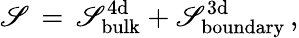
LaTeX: \mathscr{S}\, =\, \mathscr{S}_{\mathrm{{bulk}}}^{\mathrm{{4d}}}+\mathscr{S}_{\mathrm{{boundary}}}^{\mathrm{{3d}}}\, ,